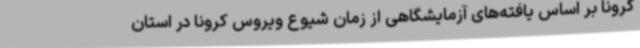
کرونا بر اساس یافته‌های آزمایشگاهی از زمان شیوع ویروس کرونا در استان